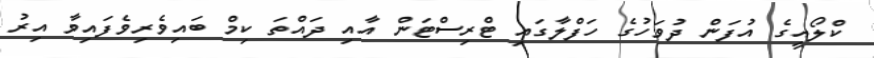
ކްލޯއީގެ އުފަން ދުވަހުގެ ހަފްލާގައި ޓްރިސްޓަން އާއި ދައްތަ ކިމް ބައިވެރިވެފައިވާ އިރު